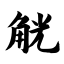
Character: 觥